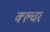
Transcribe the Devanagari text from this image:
क्ल्चर